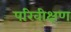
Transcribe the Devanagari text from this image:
परिवीक्षण